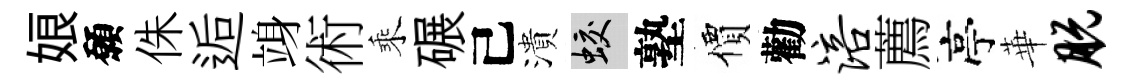
娘願侏逅竧術乘碾己潰蛟塾價勸涪薦亭華脱